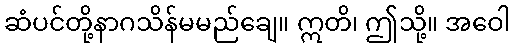
ဆံပင်တို့နာဂသိန်မမည်ချေ။ ဣတိ၊ ဤသို့။ အဝေါ